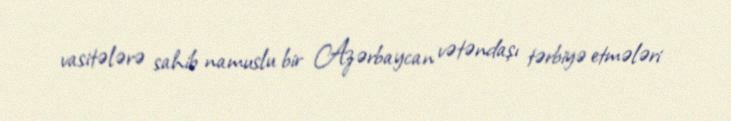
vasitələrə sahib namuslu bir Azərbaycan vətəndaşı tərbiyə etmələri